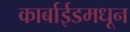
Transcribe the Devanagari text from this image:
कार्बाईडमधून